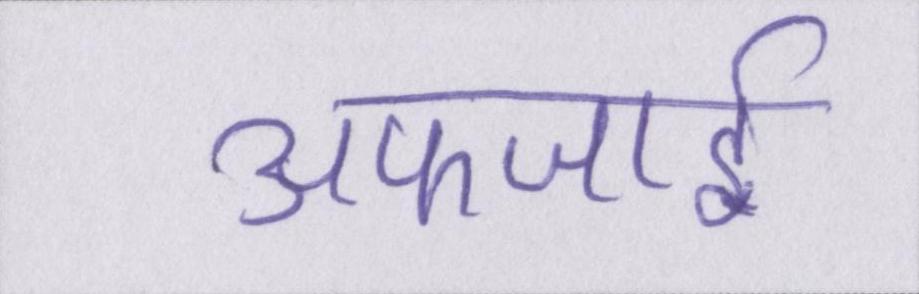
अफजाई